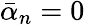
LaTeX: \bar{\alpha}_{n}=0